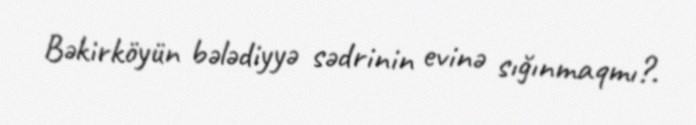
Bəkirköyün bələdiyyə sədrinin evinə sığınmaqmı?.